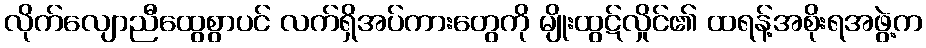
လိုက်လျောညီထွေစွာပင် လက်ရှိအပ်ကားတွေကို မျိုးထွဋ်လှိုင်၏ ထရန့်အစိုးရအဖွဲ့က